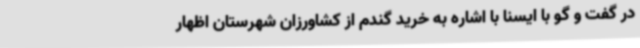
در گفت و گو با ایسنا با اشاره به خرید گندم از کشاورزان شهرستان اظهار